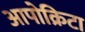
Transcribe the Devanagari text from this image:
आपोक्रिटा